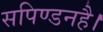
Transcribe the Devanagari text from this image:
सपिण्डनहै।